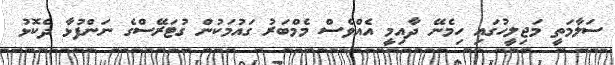
ސަލާމަތީ މަޖިލީހުގައި ހިމެނޭ ދާއިމީ އެއްވެސް މެމްބަރު ގައުމަކުން ގުޓަރޭސްގެ ނަންފުޅާ ދެކޮޅު